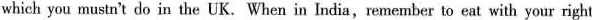
which you mustn't do in the UK. When in India,remember to eat with your right